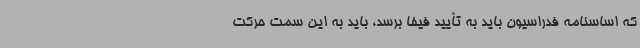
که اساسنامه فدراسیون باید به تأیید فیفا برسد، باید به این سمت حرکت